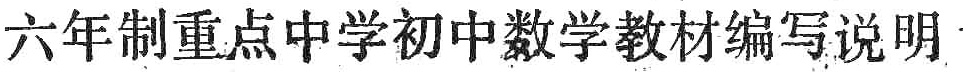
六年制重点中学初中数学教材编写说明